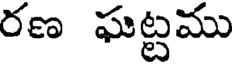
రణ ఘట్టము